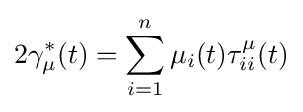
2\gamma _{\mu }^{*}(t)=\sum _{i=1}^{n}\mu _{i}(t)\tau _{ii}^{\mu }(t)